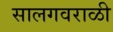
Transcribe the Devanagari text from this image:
सालगवराळी